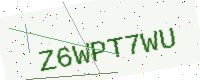
Text: Z6WPT7WU